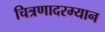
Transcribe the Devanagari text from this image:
चित्रणादरम्यान